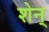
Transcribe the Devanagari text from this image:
शेन्